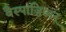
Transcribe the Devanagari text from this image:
वैस्पाज़िअन्